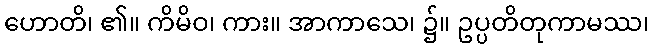
ဟောတိ၊ ၏။ ကိမိဝ၊ ကား။ အာကာသေ၊ ၌။ ဥပ္ပတိတုကာမဿ၊